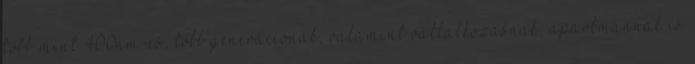
több mint 400nm-es, több generációnak, valamint vállalkozásnak, apartmannak is